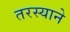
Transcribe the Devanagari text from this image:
तरस्याने